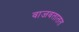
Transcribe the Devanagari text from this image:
वाजवतातत